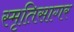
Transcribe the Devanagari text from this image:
स्मृतिसागर